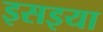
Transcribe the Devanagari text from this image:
इसइया